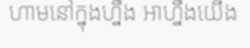
ហាមនៅក្នុងហ្នឹង អាហ្នឹងយើង